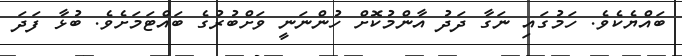
ބައްޔެކެވެ. ހަމުގައި ނަގާ ދަދު އާންމުކޮށް ހުންނަނީ ވަށްބުރުގެ ބައްޓަމަށެވެ. ބުޅާ ފަދަ